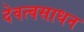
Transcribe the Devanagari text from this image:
देवत्वसाधन